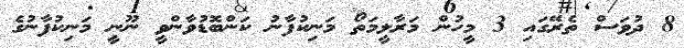
8 ދުވަސް ތެރޭގައި 3 މީހުން މަރާލީމަތޯ މަނިކުފާނު ކަންބޮޑުވާންވީ ނޫނީ މަނިކުފާނުގެ